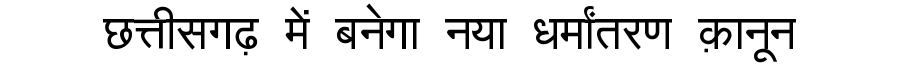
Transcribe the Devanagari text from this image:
छत्तीसगढ़ में बनेगा नया धर्मांतरण क़ानून